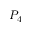
P _ { 4 }